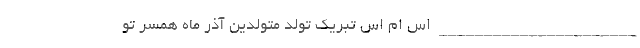
______________________ اس ام اس تبریک تولد متولدین آذر ماه همسر تو